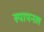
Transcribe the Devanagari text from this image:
स्पायनल